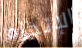
الإتجاه